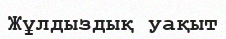
Жұлдыздық уақыт